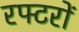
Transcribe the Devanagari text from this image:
रफ्टरों